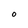
Character: O